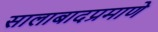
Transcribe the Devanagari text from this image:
सालाबादप्रमाणे